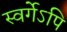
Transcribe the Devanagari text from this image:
स्वर्गेऽपि